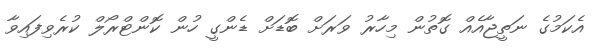
އެކަމުގެ ނަތީޖާއެއް ގޮތުން މިހާރު ވަރަށް ބޮޑަށް ޑެންގީ ހުން ކޮންޓްރޯލް ކުރެވިފައިވާ